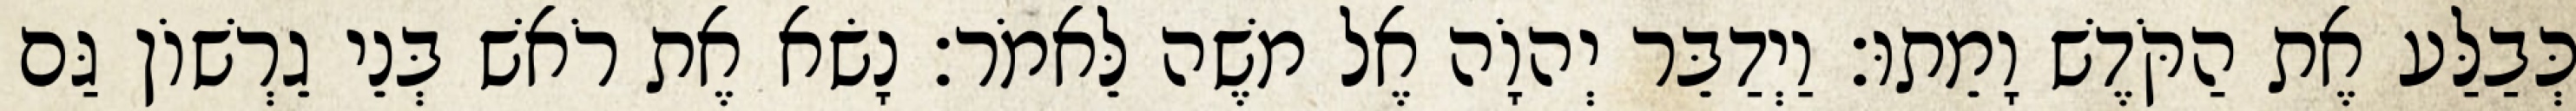
כְּבַלַּע אֶת הַקֹּדֶשׁ וָמֵתוּ׃ וַיְדַבֵּר יְהוָֹה אֶל משֶׁה לֵּאמֹר׃ נָשׂא אֶת רֹאשׁ בְּנֵי גֵרְשׁוֹן גַּם